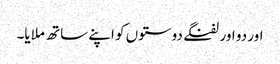
اور دو اور لفنگے دوستوں کو اپنے ساتھ ملایا۔